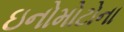
ઇનોમોટોના